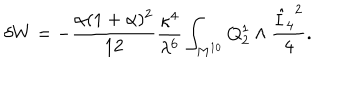
LaTeX: \delta W = - { \frac { \alpha ( 1 + \alpha ) ^ { 2 } } { 1 2 } } { \frac { \kappa ^ { 4 } } { \lambda ^ { 6 } } } \int _ { M ^ { 1 0 } } Q _ { 2 } ^ { 1 } \wedge { \frac { { \hat { I } _ { 4 } } ^ { 2 } } { 4 } } .